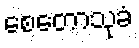
စေတောသုခံ